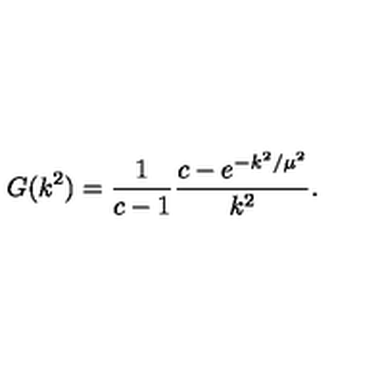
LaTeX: G ( k ^ { 2 } ) = \frac { 1 } { c - 1 } \frac { c - e ^ { - k ^ { 2 } / \mu ^ { 2 } } } { k ^ { 2 } } .